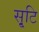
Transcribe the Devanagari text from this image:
सृ्टि